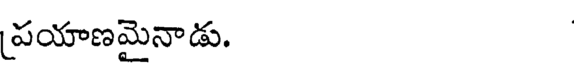
పయాణమైనాడు.